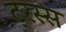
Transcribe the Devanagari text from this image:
ट्रस्स